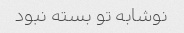
نوشابه تو بسته نبود